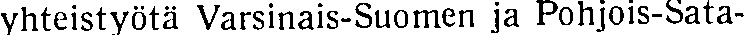
yhteistyötä Varsinais-Suomen ja Pohjois-Sata-